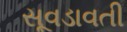
સૂવડાવતી